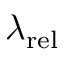
\lambda _ { \mathrm { { r e l } } }